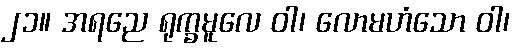
၂၁။ အရညေ ရုက္ခမူလေ ဝါ၊ လောမဟံသော ဝါ၊